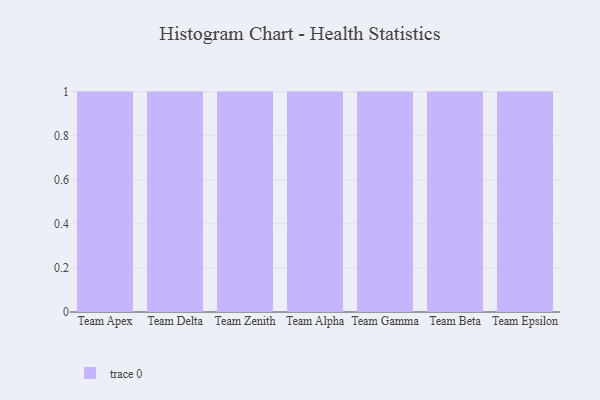
{"axis": {"x": "Team", "y": "Tickets Resolved"}, "legend": [""], "data": [{"x": "Team Apex", "y": 59, "type": ""}, {"x": "Team Delta", "y": 73, "type": ""}, {"x": "Team Zenith", "y": 37, "type": ""}, {"x": "Team Alpha", "y": 78, "type": ""}, {"x": "Team Gamma", "y": 47, "type": ""}, {"x": "Team Beta", "y": 61, "type": ""}, {"x": "Team Epsilon", "y": 83, "type": ""}]}